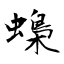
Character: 蟂